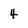
Character: 4